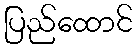
ပြည်ထောင်